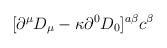
LaTeX: \begin{align*}[\partial ^{\mu }D_{\mu }-\kappa \partial ^{0}D_{0}]^{a\beta }c^{\beta }\end{align*}